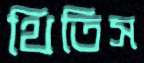
থিতিস